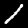
Label: 1